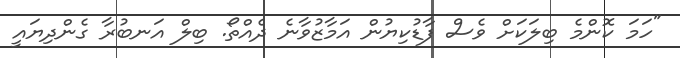
"ހަމަ ކޮންމެ ބިލަަކަށް ވެސް ފާޑުކިޔުން އަމާޒުވާނެ ދެއްތޯ. ބިލް އަނބުރާ ގެންދިޔައީ